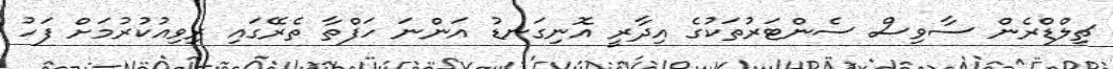
ޗިލްޑްރެން ސާވިސް ސެންޓަރުތަކުގެ އިދާރީ އޮނިގަނޑު އަންނަ ހަފްތާ ތެރޭގައި ރިވިއުކުރުމަށް ފަހު